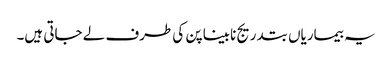
یہ بیماریاں بتدریج نابینا پن کی طرف لے جاتی ہیں۔